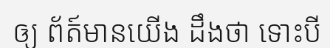
ឲ្យ ព័ត៍មានយើង ដឹងថា ទោះបី